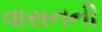
વાસનની